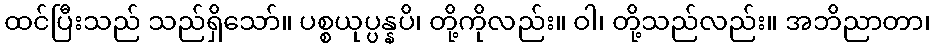
ထင်ပြီးသည် သည်ရှိသော်။ ပစ္စယုပ္ပန္နပိ၊ တို့ကိုလည်း။ ဝါ၊ တို့သည်လည်း။ အဘိညာတာ၊